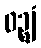
ဝဉ္ဈံ